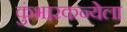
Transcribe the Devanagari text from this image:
कुंभारकन्येला